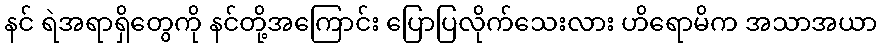
နင် ရဲအရာရှိတွေကို နင်တို့အကြောင်း ပြောပြလိုက်သေးလား ဟိရောမိက အသာအယာ